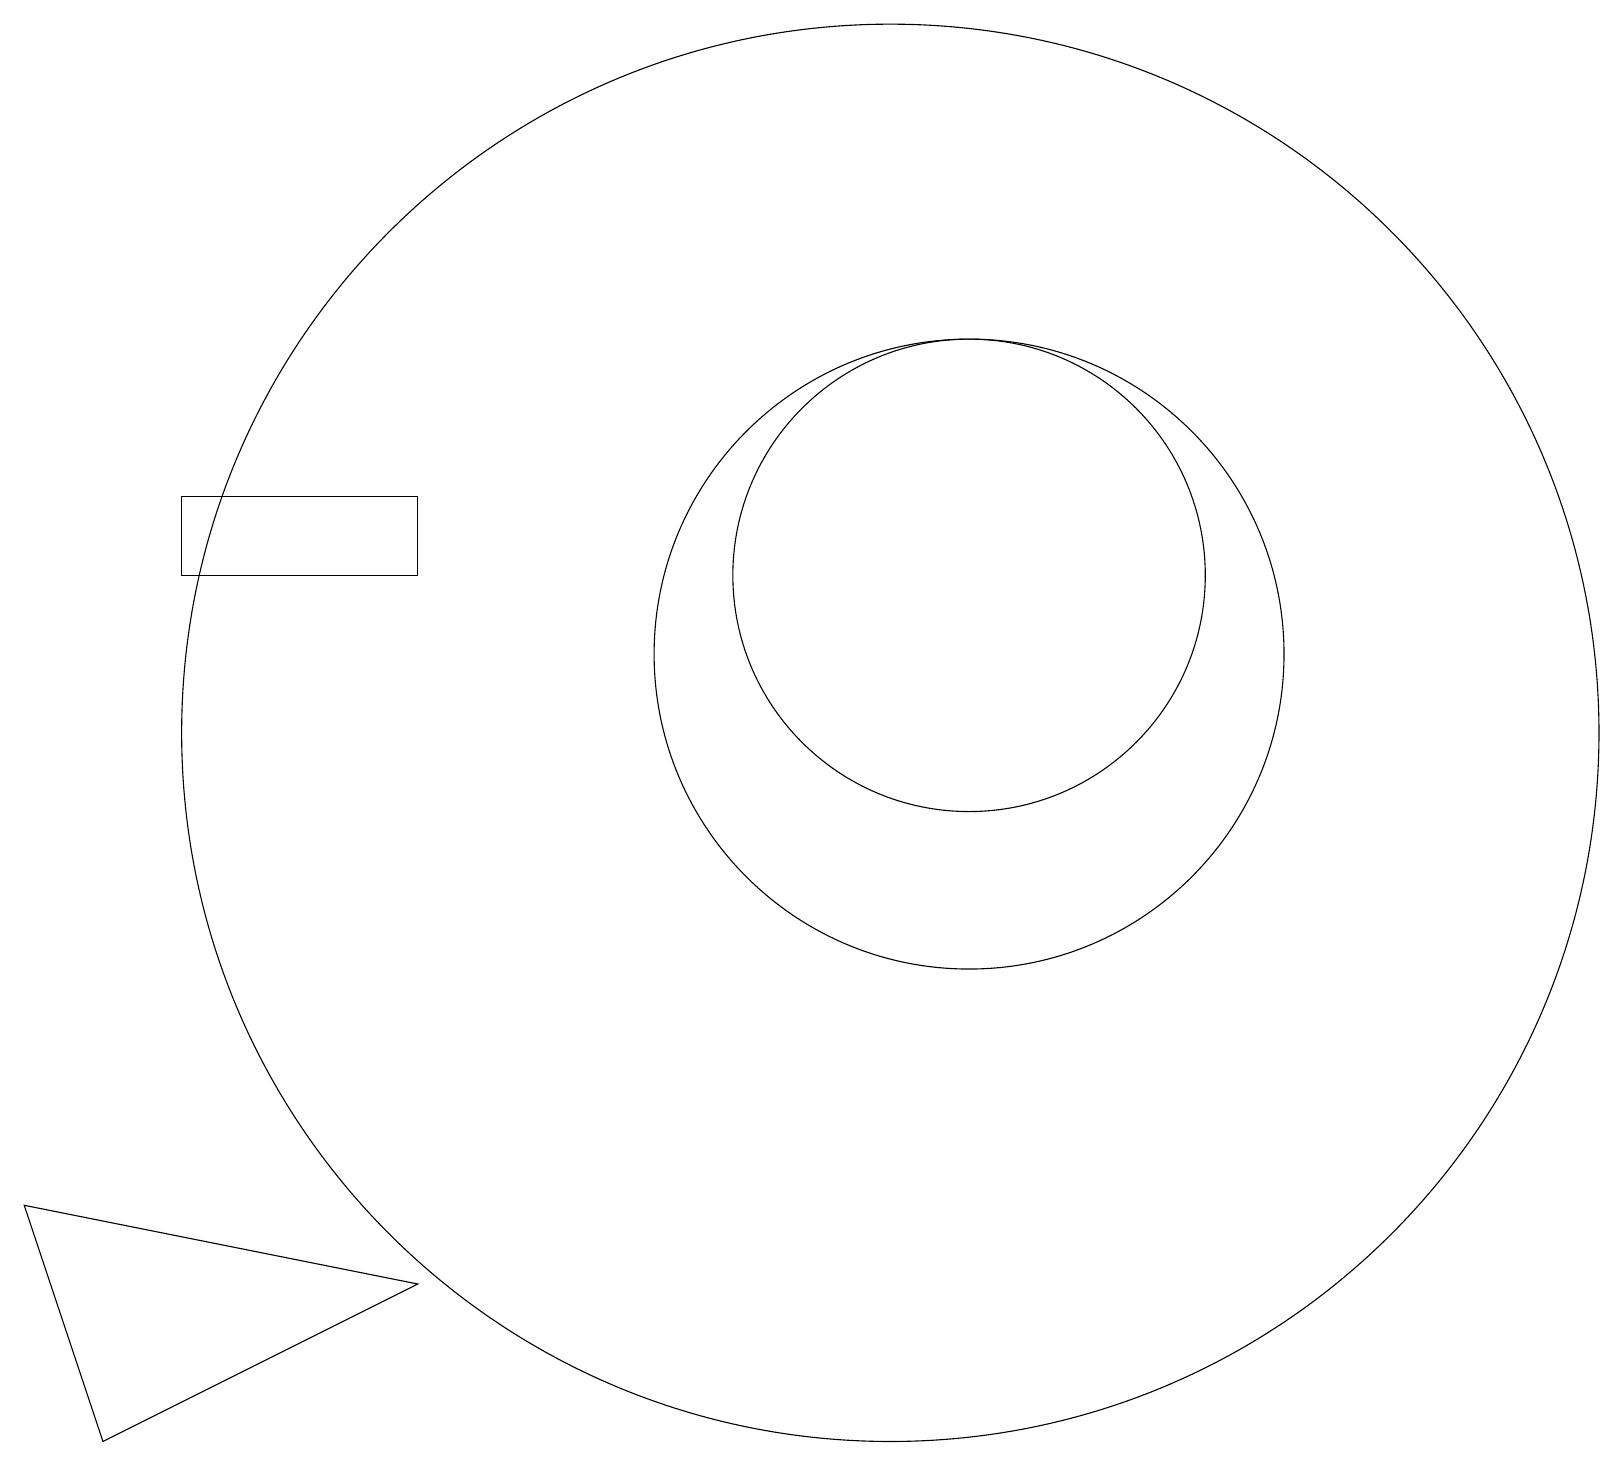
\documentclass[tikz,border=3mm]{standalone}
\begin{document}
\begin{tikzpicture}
\draw (5,13) rectangle (2,12);
\draw (12,12) circle (3);
\draw (11,10) circle (9);
\draw (5,3) -- (1,1) -- (0,4) -- cycle;
\draw (12,11) circle (4);
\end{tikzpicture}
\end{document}